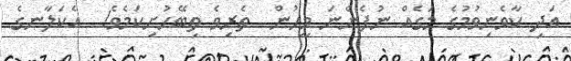
އަދި ކާވެނިވުމުގެ މަގެއް ނުފެންނަ މީހުން  ތެރިވެ ތިބޭހުށިކަމެވެ!  އެކަލާނގެ